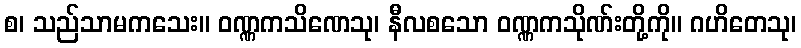
စ၊ သည်သာမကသေး။ ဝဏ္ဏကသိဏေသု၊ နီလစသော ဝဏ္ဏကသိုဏ်းတို့ကို။ ဂဟိတေသု၊